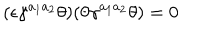
( \epsilon \gamma ^ { a _ { 1 } a _ { 2 } } \theta ) ( \theta \gamma ^ { a _ { 1 } a _ { 2 } } \theta ) = 0